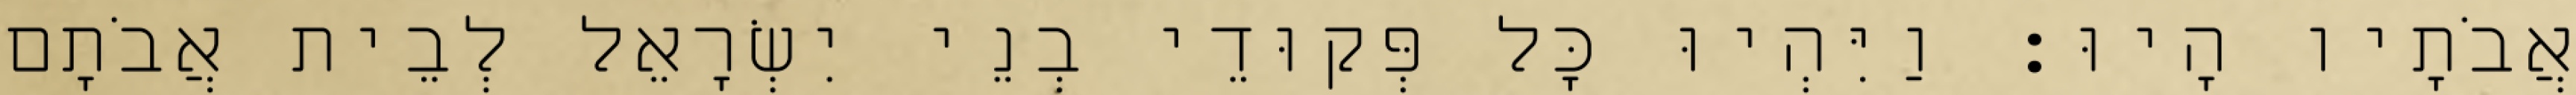
אֲבֹתָיו הָיוּ׃ וַיִּהְיוּ כָּל פְּקוּדֵי בְנֵי יִשְׂרָאֵל לְבֵית אֲבֹתָם